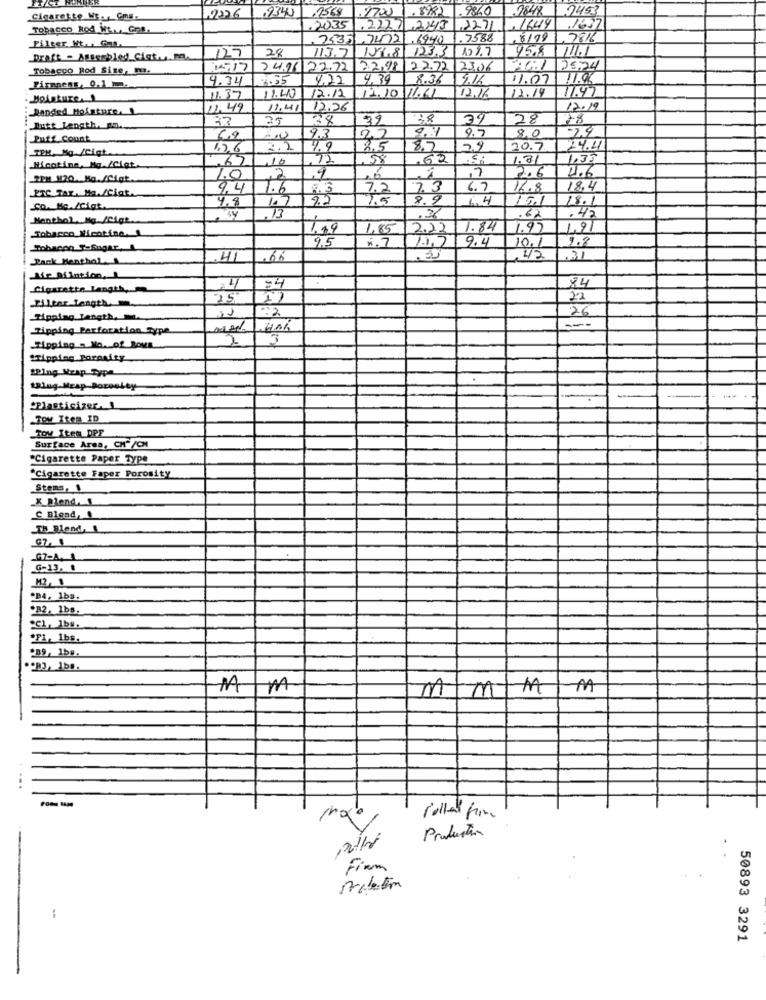
2226
9340
2569
9860
7848 7453
Cigarette W. Cna-
.2700
Tobacco Rod Ht ... God.
2035 .2221 2143
2271
,1644
1637
.25351,7472
16940
1.7588
,8/99
Filter Ht .. G.
28
123.3
322.7
45.8
Draft - Assembled Ciatum
127
Tobacco Bod Size, ma.
1517
24.26 22.72
22,98 22.72
23.00
25.24
4.34
3.35
4,22
4. 39
8.36
9.16
11.07
71.96
Firmaens, 0,1 mm.
71.47
Moisture. 1
11.37
11.40
12.12
12.16
12.14
Ranged Moisture. 1
1.49
11.41
12.26
12.19
25
38
39
28
28
Butt Length. m.
9.7
-24
Puff Count
3.0
9.3
22
8,0
TEM, Mg /Cigt.
126
2.2
4.9
8,5
8.7
2.9
10.7
24.41
.65
10
12
,58
.62
1.81
1.35
Nicotina, Ha./Cigt.
2.6
1.0
2
,6
7
2.6
RTC TAr. Ma./Ciat.
9.4
1.6
2.3
7.2
7.3
6.7
16.8
18.4
1,5
8.9
15.1
18.1
Co. Ma./Cigk.
4.8
Menthol Mg /Cigt
62
.42
Tobacco Nicotine.
1.49
1,85
2.22
1.84
1.97
1,9
9.5
4.7
1.1.7
9.4
1.8
Tobacon -Sugar,
10.
Pack Menthal
,66
ED
42
.31
Mir Riintion,
4
Cigarette Length,
84
15
22
Filter Length ..
Ripping Length,
26
Tipping Perforation Type
2
Tipping = No. of Bous
"Tipping Porosity
SPIng_Mrap Type
Plasticiper.
TOW Item ID
TOw Item DPF
Surface Area, CH"/CM
*Cigarette Paper Type
"Cigarette Faper Porosity
Stens, 1
_X_Blend. 1
C Blend,
TH Blend, 1
G7-A. 1
G-13, .
M2,1
PB4, 1ba.
B2, 1bs.
"C1, 1bs.
F1, 1bs.
209, 1b#.
m
MIMIM
1M
..
Production
Firm
50893 3291